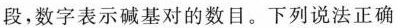
段，数字表示碱基对的数目。下列说法正确